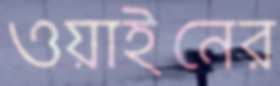
ওয়াইনের